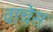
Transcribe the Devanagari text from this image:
वाचेस